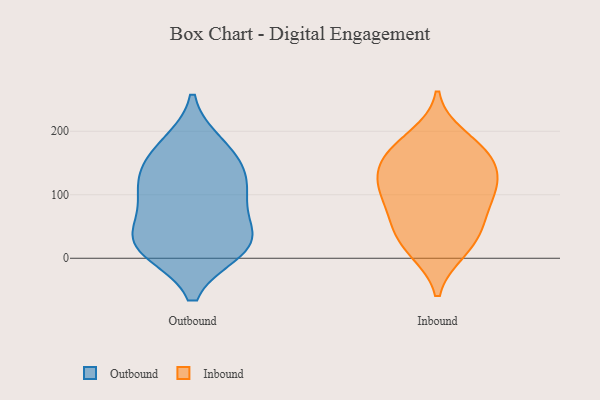
{"axis": {"x": "Tickets Resolved", "y": "Value"}, "legend": ["Inbound", "Outbound"], "data": [{"x": "", "y": 108, "type": "Outbound"}, {"x": "", "y": 37, "type": "Outbound"}, {"x": "", "y": 163, "type": "Outbound"}, {"x": "", "y": 14, "type": "Outbound"}, {"x": "", "y": 105, "type": "Outbound"}, {"x": "", "y": 100, "type": "Outbound"}, {"x": "", "y": 38, "type": "Outbound"}, {"x": "", "y": 15, "type": "Outbound"}, {"x": "", "y": 144, "type": "Outbound"}, {"x": "", "y": 177, "type": "Outbound"}, {"x": "", "y": 22, "type": "Outbound"}, {"x": "", "y": 115, "type": "Inbound"}, {"x": "", "y": 155, "type": "Inbound"}, {"x": "", "y": 43, "type": "Inbound"}, {"x": "", "y": 191, "type": "Inbound"}, {"x": "", "y": 168, "type": "Inbound"}, {"x": "", "y": 104, "type": "Inbound"}, {"x": "", "y": 12, "type": "Inbound"}, {"x": "", "y": 147, "type": "Inbound"}, {"x": "", "y": 48, "type": "Inbound"}, {"x": "", "y": 61, "type": "Inbound"}, {"x": "", "y": 127, "type": "Inbound"}, {"x": "", "y": 172, "type": "Inbound"}, {"x": "", "y": 109, "type": "Inbound"}, {"x": "", "y": 13, "type": "Inbound"}, {"x": "", "y": 89, "type": "Inbound"}]}